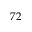
7 2